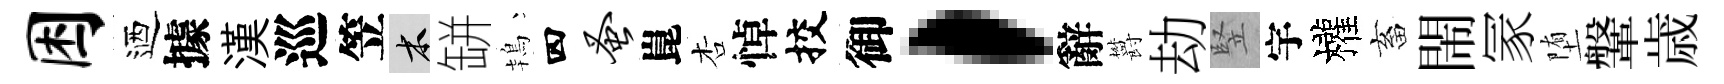
困迺據漢巡笠木缾鴇四蚤崑杏悼挍御，辭欝劫竪宇權畜閙冡堕鞶歳